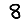
Digit: 8